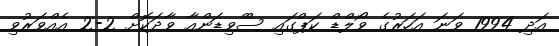
އަދި 1994 ވަނަ އަހަރުގެ ވޯލްޑް ކަޕްގައި ސްްވިޑަންއާ ވާދަކޮށް 2-2 އެއްވަރުވި